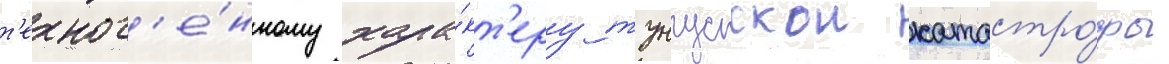
т'ехног'е́нному хара́кт'еру тунгусскои катастро́фы